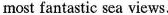
most fantastic sea views.